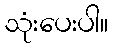
သုံးပေးပါ။